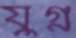
যুগ্ন